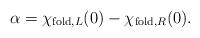
LaTeX: \begin{align*}\alpha = \chi_{{\rm fold},L}(0) - \chi_{{\rm fold},R}(0).\end{align*}